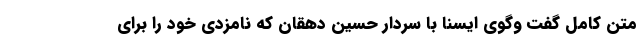
متن کامل گفت وگوی ایسنا با سردار حسین دهقان که نامزدی خود را برای